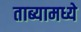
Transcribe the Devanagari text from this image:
ताब्यामध्ये